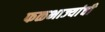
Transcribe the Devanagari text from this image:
फळभाज्यांची